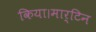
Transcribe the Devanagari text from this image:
किया।मार्टिन